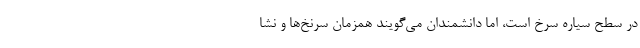
در سطح سیاره سرخ است، اما دانشمندان می‌گویند همزمان سرنخ‌ها و نشا